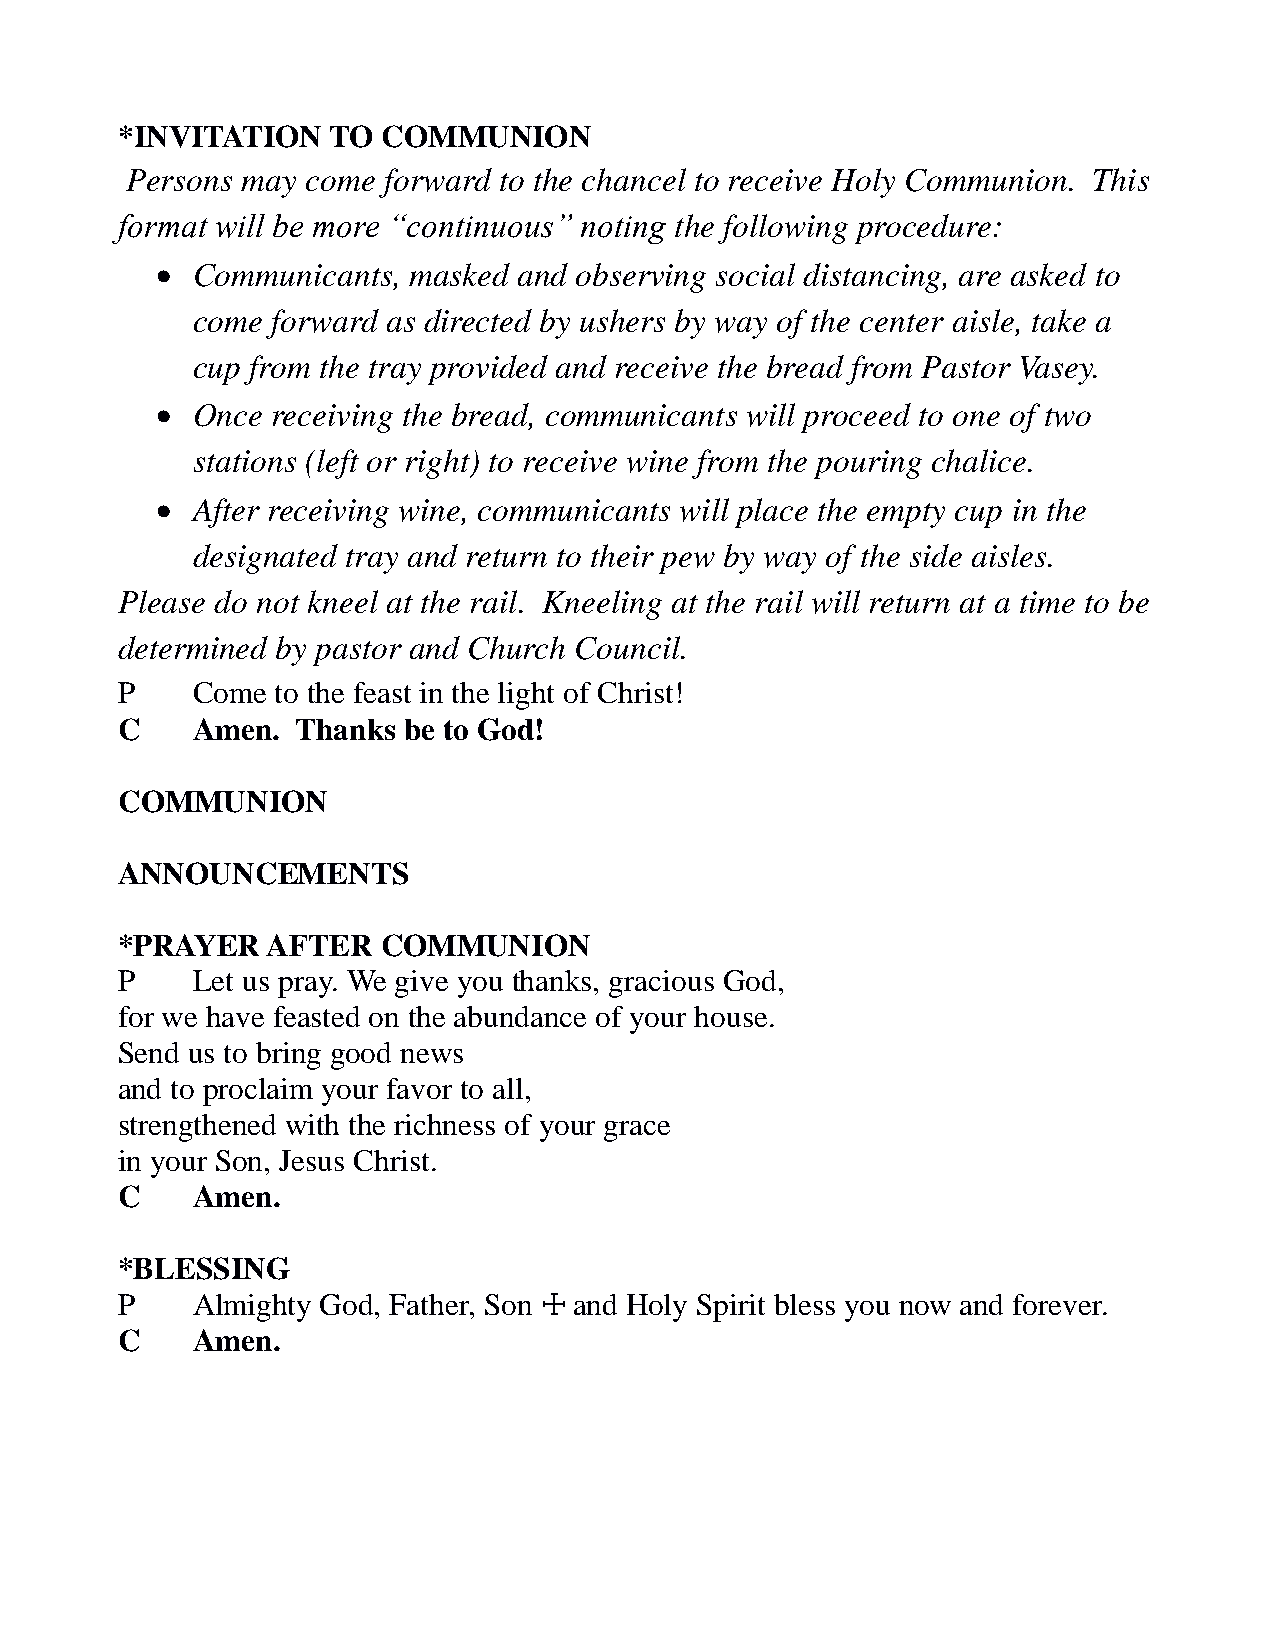
*INVITATION   TO COMMUNION
 Persons may come forward to the chancel to receive Holy Communion. This
 format will be more “continuous” noting the following procedure:
   Communicants, masked and observing social distancing, are asked to
 come forward as directed by ushers by way of the center aisle, take a
 cup from the tray provided and receive the bread from Pastor Vasey.
   Once receiving the bread, communicants will proceed to one of two
 stations (left or right) to receive wine from the pouring chalice.
   After receiving wine, communicants will place the empty cup in the
 designated tray and return to their pew by way of the side aisles.
 Please do not kneel at the rail. Kneeling at the rail will return at a time to be
 determined by pastor and Church Council.
 P    Come to the feast in the light of Christ!
 C    Amen.  Thanks be to God!
 COMMUNION
 ANNOUNCEMENTS
 *PRAYER   AFTER  COMMUNION
 P    Let us pray. We give you thanks, gracious God,
 for we have feasted on the abundance of your house.
 Send us to bring good news
 and to proclaim your favor to all,
 strengthened with the richness of your grace
 in your Son, Jesus Christ.
 C    Amen.
 *BLESSING
 P    Almighty God, Father, Son ☩ and Holy Spirit bless you now and forever.
 C    Amen.